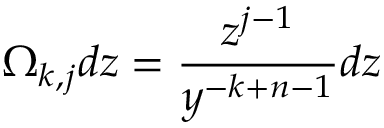
\Omega _ { k , j } d z = { \frac { z ^ { j - 1 } } { y ^ { - k + n - 1 } } } d z